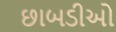
છાબડીઓ